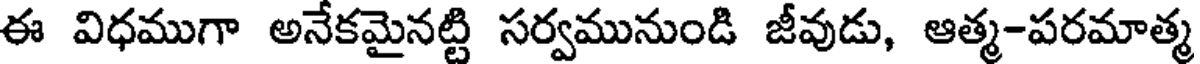
ఈ విధముగా అనేకమైనట్టి సర్వమునుండి జీవుడు, ఆత్మ-పరమాత్మ